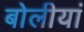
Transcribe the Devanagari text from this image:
बोलीयां